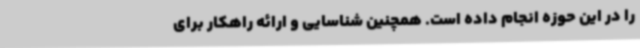
را در این حوزه انجام داده است. همچنین شناسایی و ارائه راهکار برای